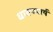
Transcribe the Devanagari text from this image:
धावण्यार्य